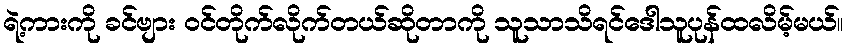
ရဲ့ကားကို ခင်ဗျား ဝင်တိုက်လိုက်တယ်ဆိုတာကို သူသာသိရင်ဒေါသူပုန်ထလိမ့်မယ်။